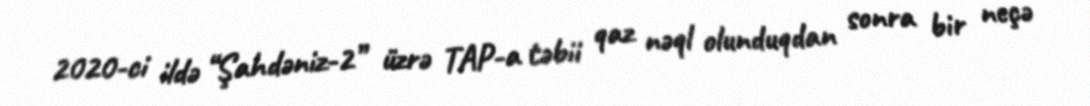
2020-ci ildə “Şahdəniz-2” üzrə TAP-a təbii qaz nəql olunduqdan sonra bir neçə